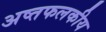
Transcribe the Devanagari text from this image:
अष्तफलकीय